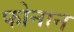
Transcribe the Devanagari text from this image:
फोनान